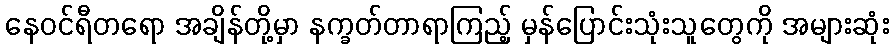
နေဝင်ရီတရော အချိန်တို့မှာ နက္ခတ်တာရာကြည့် မှန်ပြောင်းသုံးသူတွေကို အများဆုံး